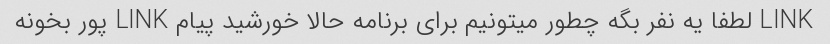
LINK لطفا یه نفر بگه چطور میتونیم برای برنامه حالا خورشید پیام LINK پور بخونه